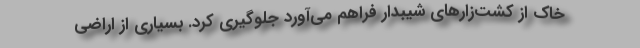
خاک از کشت‌زارهای شیبدار فراهم می‌آورد جلوگیری کرد. بسیاری از اراضی